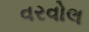
વરવોલ